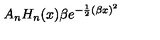
A _ { n } H _ { n } ( x ) \beta e ^ { - \frac { 1 } { 2 } ( \beta x ) ^ { 2 } }